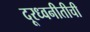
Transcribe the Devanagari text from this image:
दूरध्वनीतीची